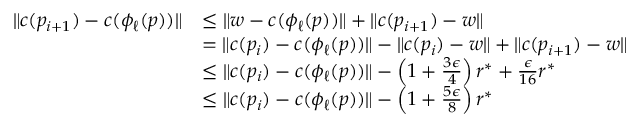
\begin{array} { r l } { \lVert c ( p _ { i + 1 } ) - c ( \phi _ { \ell } ( p ) ) \rVert } & { \leq \lVert w - c ( \phi _ { \ell } ( p ) ) \rVert + \lVert c ( p _ { i + 1 } ) - w \rVert } \\ & { = \lVert c ( p _ { i } ) - c ( \phi _ { \ell } ( p ) ) \rVert - \lVert c ( p _ { i } ) - w \rVert + \lVert c ( p _ { i + 1 } ) - w \rVert } \\ & { \leq \lVert c ( p _ { i } ) - c ( \phi _ { \ell } ( p ) ) \rVert - \left( 1 + \frac { 3 \epsilon } { 4 } \right) r ^ { * } + \frac { \epsilon } { 1 6 } r ^ { * } } \\ & { \leq \lVert c ( p _ { i } ) - c ( \phi _ { \ell } ( p ) ) \rVert - \left( 1 + \frac { 5 \epsilon } { 8 } \right) r ^ { * } } \end{array}